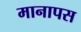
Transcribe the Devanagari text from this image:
मानापस